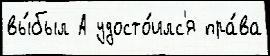
вы́был А удосто́илс'я пра́ва